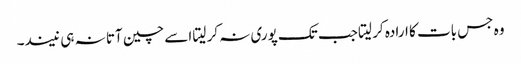
وہ جس بات کا ارادہ کر لیتا جب تک پوری نہ کر لیتا اسے چین آتا نہ ہی نیند۔